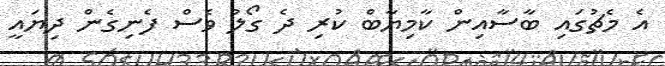
އެ މެޗުގައި ބާސާއިން ކާމިޔާބް ކުރި ދެ ގޯލު ވެސް ފެނިގެން ދިޔައީ